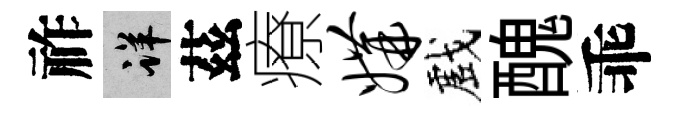
祚详茲療媾戲醜乖